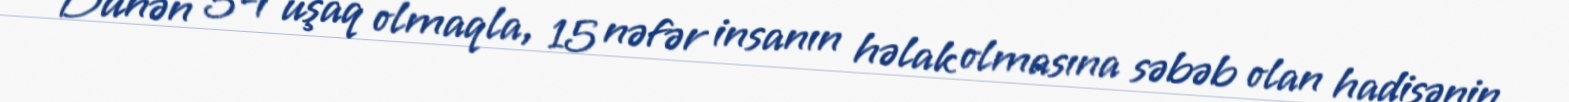
Dünən 5-i uşaq olmaqla, 15 nəfər insanın həlak olmasına səbəb olan hadisənin